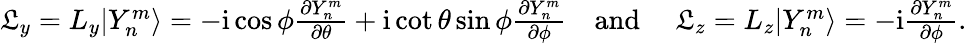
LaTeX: \begin{array}{r}{\mathfrak{L}_{y}=L_{y}|Y_{n}^{m}\rangle=-\mathrm{i}\cos\phi\frac{\partial Y_{n}^{m}}{\partial\theta}+\mathrm{i}\cot\theta\sin\phi\frac{\partial Y_{n}^{m}}{\partial\phi}\quad\mathrm{and\ }\quad\mathfrak{L}_{z}=L_{z}|Y_{n}^{m}\rangle=-\mathrm{i}\frac{\partial Y_{n}^{m}}{\partial\phi}.}\end{array}